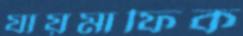
যায়মাফিক